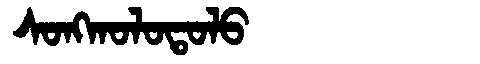
Manchu: ᠰᠣᠩᡴᠣᠯᠣᡨᠣᠯᠣ
Romanization: SONGKOLOTOLO